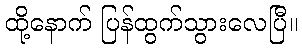
ထို့နောက် ပြန်ထွက်သွားလေပြီ။